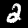
Digit: 2